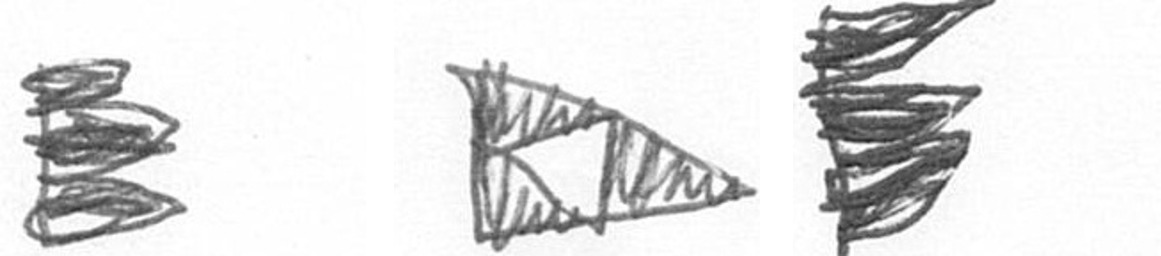
H K H